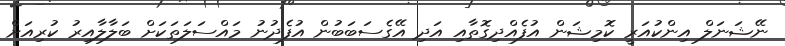
ނޭޝަނަލް އިންކުއަރީ ކޮމިޝަން އުފެއްދިގޮތާއި އަދި އޭގެސަބަބުން އުފެދުނު މައްސަލަތަކަށް ބަލާލާއިރު ކުރިއަށް